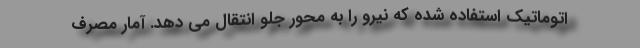
اتوماتیک استفاده شده که نیرو را به محور جلو انتقال می دهد. آمار مصرف